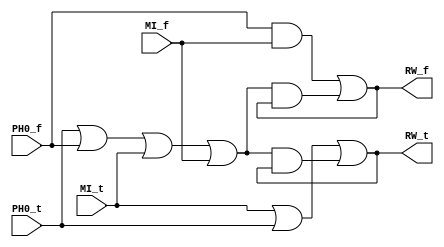
module mem_RW_mux_NCL(
	input PH0_t, PH0_f, MI_t, MI_f, 
	output RW_t, RW_f);

	wire hysteresis;
	assign hysteresis = PH0_t | PH0_f | MI_t | MI_f;

	assign RW_f= (PH0_f & MI_f) | (hysteresis & RW_f);
	assign RW_t= (MI_t) | (PH0_t) | (hysteresis & RW_t);

endmodule